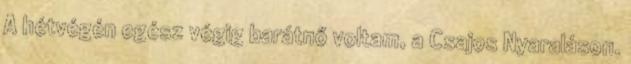
A hétvégén egész végig barátnő voltam, a Csajos Nyaraláson.